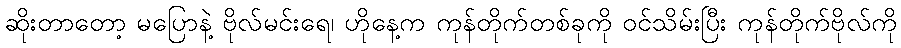
ဆိုးတာတော့ မပြောနဲ့ ဗိုလ်မင်းရေ၊ ဟိုနေ့က ကုန်တိုက်တစ်ခုကို ဝင်သိမ်းပြီး ကုန်တိုက်ဗိုလ်ကို